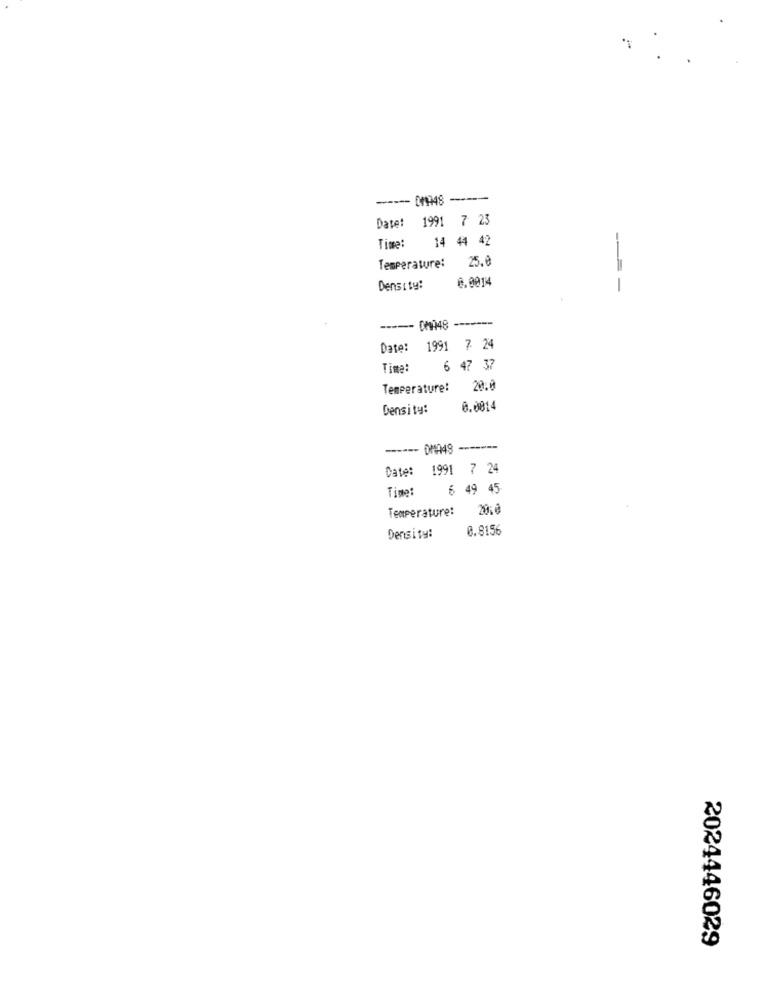
-------
Date: 1991 7 23
Time: 14 44 42
Temperature:
25.8
0.0014
Density:
---
Date: 1991 7 24
Time:
6 47 37
Temperature:
20.0
Density:
0.0014
-----
Date: 1991 7 24
Time:
6 49 45
Temperature: 2010
0.8156
Density:
2024446029